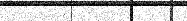
٦٥